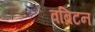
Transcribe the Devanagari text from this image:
वब्रिटन